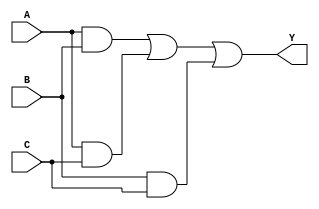
`timescale 1ns / 1ps
//////////////////////////////////////////////////////////////////////////////////
//Company:
//Engineer:
//
//DesignName:
//ModuleName:homework
//ProjectName:
//TargetDevices:
//Toolversions:
//Description:
//
//Dependencies:
//
//Revision:
//Revision0.01-FileCreated
//AdditionalComments:
//
//////////////////////////////////////////////////////////////////////////////////
module hw (
    input  A,B,C,
    output Y
);
    assign Y = (A & B) | (A & C) | (B & C);
endmodule